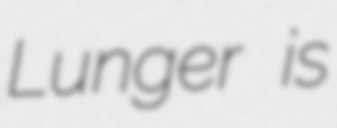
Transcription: Lunger is